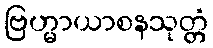
ဗြဟ္မာယာစနသုတ္တံ